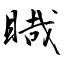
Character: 睵